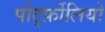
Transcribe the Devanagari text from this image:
पोर्ट्फ़ोलियो